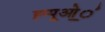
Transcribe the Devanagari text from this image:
ह्प्पूओ॒॒॒॑